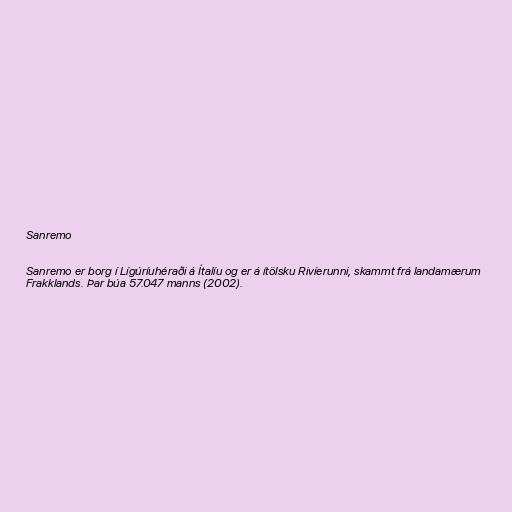
Sanremo

Sanremo er borg í Lígúríuhéraði á Ítalíu og er á ítölsku Rivíerunni, skammt frá landamærum
Frakklands. Þar búa 57.047 manns (2002).